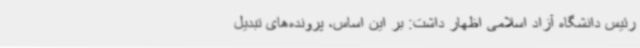
رئیس دانشگاه آزاد اسلامی اظهار داشت: بر این اساس، پرونده‌های تبدیل